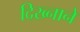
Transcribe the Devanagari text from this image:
दिख्नाने